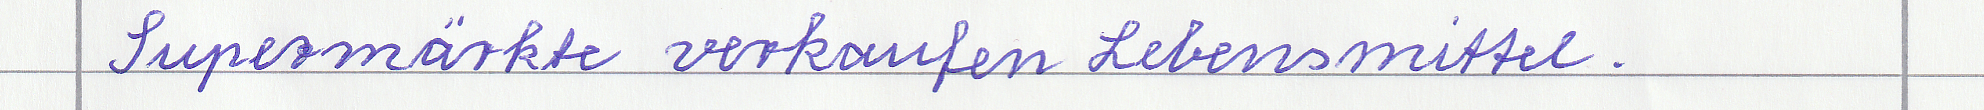
Supermärkte verkaufen Lebensmittel.